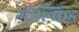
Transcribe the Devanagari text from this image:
गोल्किड